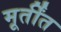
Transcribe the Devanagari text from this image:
मूर्तींत